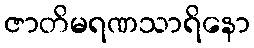
ဇာတိမရဏသာရိနော